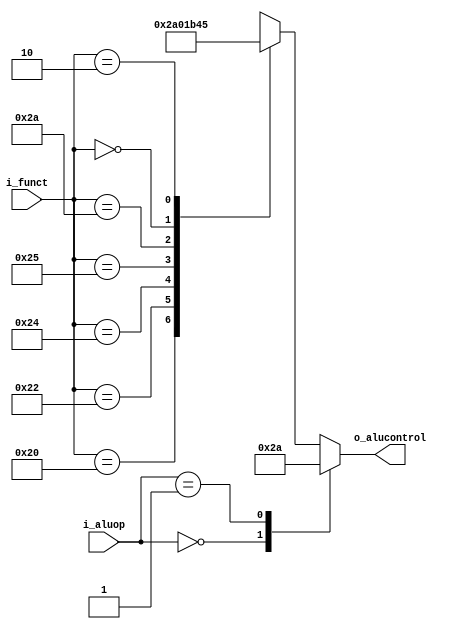
module alu_ctrl(i_funct, i_aluop, o_alucontrol);

input       [5:0]   i_funct;
input       [1:0]   i_aluop;
output reg  [3:0]   o_alucontrol;

always @* begin

    case(i_aluop)
        2'b00: o_alucontrol = 4'b0010;                   // add (for lw/sw/addi)
        2'b01: o_alucontrol = 4'b1010;                   // sub (for beq)
        default: case(i_funct)                          // R-type instructions
                     6'b100000: o_alucontrol = 4'b0010;  // add
                     6'b100010: o_alucontrol = 4'b1010;  // sub
                     6'b100100: o_alucontrol = 4'b0000;  // and
                     6'b100101: o_alucontrol = 4'b0001;  // or
                     6'b101010: o_alucontrol = 4'b1011;  // slt
                     6'b000000: o_alucontrol = 4'b0100;  // sll
                     6'b000010: o_alucontrol = 4'b0101;  // srl
                     default:   o_alucontrol = 4'bxxxx;  // ???
                 endcase
    endcase

end

endmodule